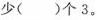
少（ ）个3.